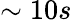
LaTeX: \sim 10s